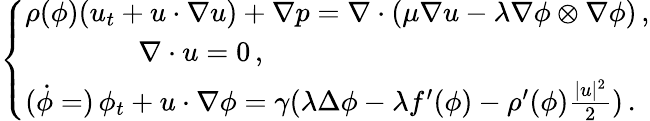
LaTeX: \left\{ \begin{array}{l}{\rho(\phi)(u_{t}+u\cdot\nabla u)+\nabla p=\nabla\cdot(\mu\nabla u-\lambda\nabla\phi\otimes\nabla\phi)\, ,}\\ {\qquad\qquad\nabla\cdot u=0\, ,}\\ {(\dot{\phi}=)\, \phi_{t}+u\cdot\nabla\phi=\gamma(\lambda\Delta\phi-\lambda f^{\prime}(\phi)-\rho^{\prime}(\phi)\frac{\mid u\mid^{2}}{2})\, .}\end{array}\right.